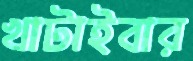
খাটাইবার